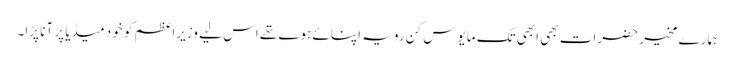
ہمارے مخیر حضرات بھی ابھی تک مایوس کن رویہ اپنائے ہوے تھے اس لیے وزیراعظم کو خود میڈیا پر آنا پڑا۔